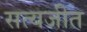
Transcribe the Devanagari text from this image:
सत्‍यजीत